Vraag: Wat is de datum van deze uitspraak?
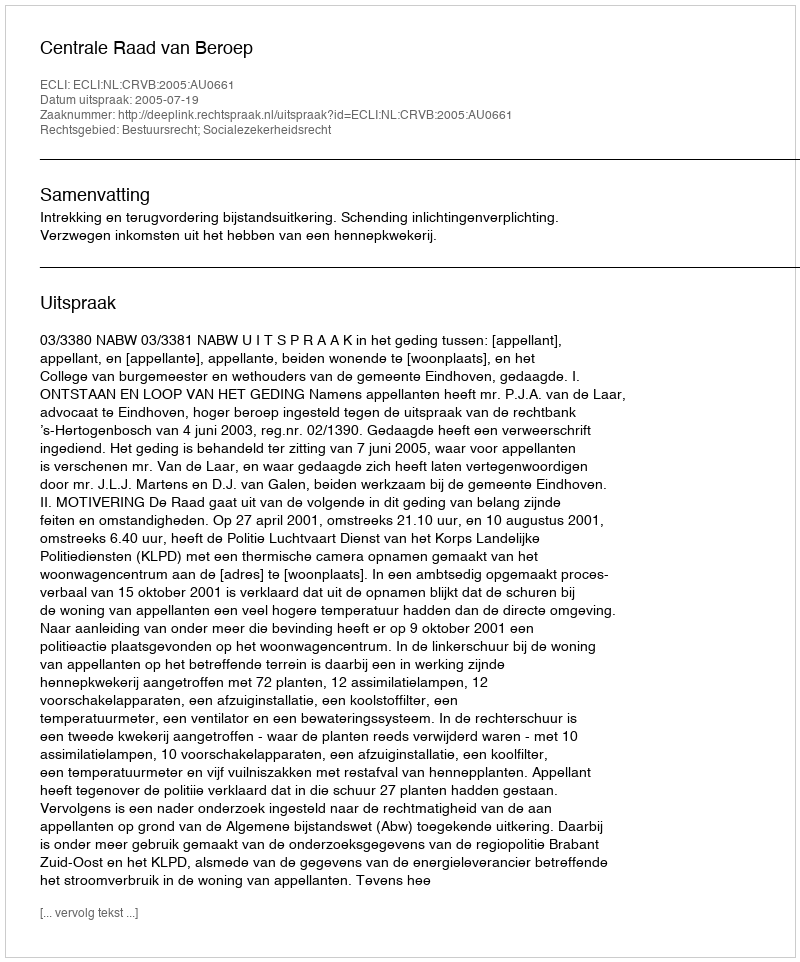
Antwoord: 2005-07-19